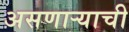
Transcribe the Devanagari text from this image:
असणाऱ्याची